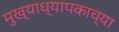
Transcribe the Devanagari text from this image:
मुख्याध्यापकाच्या